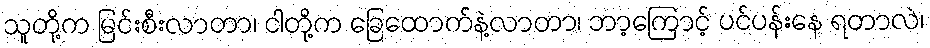
သူတို့က မြင်းစီးလာတာ၊ ငါတို့က ခြေထောက်နဲ့လာတာ၊ ဘာ့ကြောင့် ပင်ပန်းနေ ရတာလဲ၊